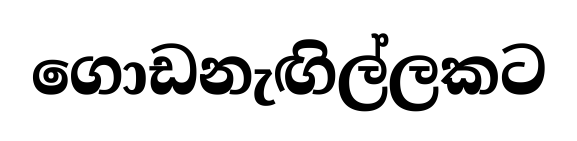
ගොඩනැඟිල්ලකට